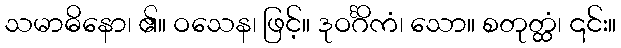
သမာဓိနော၊ ၏။ ဝသေန၊ ဖြင့်။ ဒုဝင်္ဂိကံ၊ သော။ စတုတ္ထံ၊ ၎င်း။